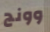
وونج